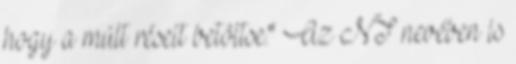
hogy a múlt réseit betöltse." Az NT nevében is